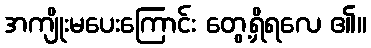
အကျိုးမပေးကြောင်း တွေ့ရှိရလေ ၏။